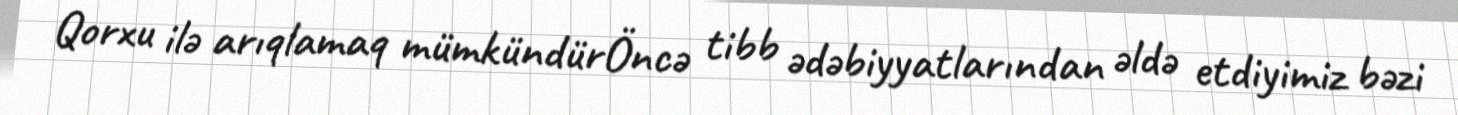
Qorxu ilə arıqlamaq mümkündürÖncə tibb ədəbiyyatlarından əldə etdiyimiz bəzi